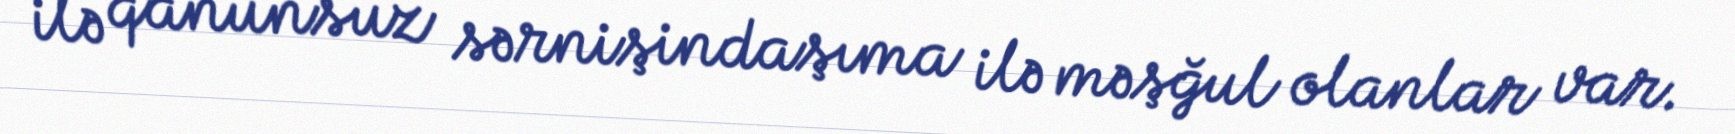
ilə qanunsuz sərnişindaşıma ilə məşğul olanlar var.